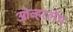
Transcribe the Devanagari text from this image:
ओव्हरलॅप